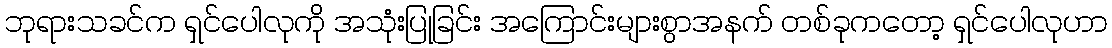
ဘုရားသခင်က ရှင်ပေါလုကို အသုံးပြုခြင်း အကြောင်းများစွာအနက် တစ်ခုကတော့ ရှင်ပေါလုဟာ